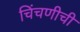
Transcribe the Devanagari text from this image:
चिंचणीची